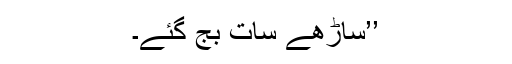
’’ساڑھے سات بج گئے۔